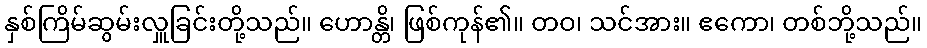
နှစ်ကြိမ်ဆွမ်းလှူခြင်းတို့သည်။ ဟောန္တိ၊ ဖြစ်ကုန်၏။ တဝ၊ သင်အား။ ဧကော၊ တစ်ဘို့သည်။